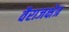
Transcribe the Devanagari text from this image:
वैराजक्षेत्र